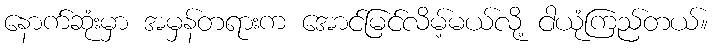
နောက်ဆုံးမှာ အမှန်တရားက အောင်မြင်လိမ့်မယ်လို့ ငါယုံကြည်တယ်။